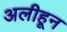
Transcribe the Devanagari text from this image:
अलीहून